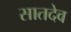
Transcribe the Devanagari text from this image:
सातदेव